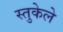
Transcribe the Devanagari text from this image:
स्तुकेले